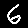
Digit: 6